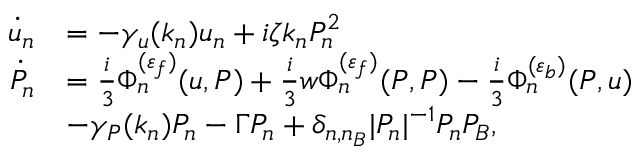
\begin{array} { r l } { \dot { u } _ { n } } & { = - \gamma _ { u } ( k _ { n } ) u _ { n } + i \zeta k _ { n } P _ { n } ^ { 2 } } \\ { \dot { P } _ { n } } & { = \frac { i } { 3 } \Phi _ { n } ^ { ( \varepsilon _ { f } ) } ( u , P ) + \frac { i } { 3 } w \Phi _ { n } ^ { ( \varepsilon _ { f } ) } ( P , P ) - \frac { i } { 3 } \Phi _ { n } ^ { ( \varepsilon _ { b } ) } ( P , u ) } \\ & { - \gamma _ { P } ( k _ { n } ) P _ { n } - \Gamma P _ { n } + \delta _ { n , n _ { B } } | P _ { n } | ^ { - 1 } P _ { n } P _ { B } , } \end{array}